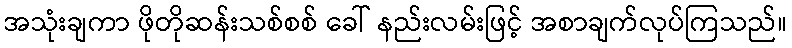
အသုံးချကာ ဖိုတိုဆန်းသစ်စစ် ခေါ် နည်းလမ်းဖြင့် အစာချက်လုပ်ကြသည်။